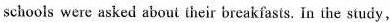
schools were asked about their breakfasts. In the study,